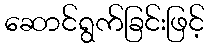
ဆောင်ရွက်ခြင်းဖြင့်